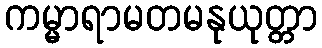
ကမ္မာရာမတမနုယုတ္တာ